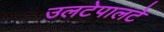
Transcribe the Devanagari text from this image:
उलटेपालटे